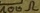
Text: 100Ω